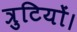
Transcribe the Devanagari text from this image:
त्रुटियों।